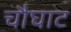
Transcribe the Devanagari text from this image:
चौघाट